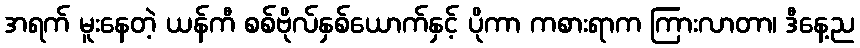
အရက် မူးနေတဲ့ ယန်ကီ စစ်ဗိုလ်နှစ်ယောက်နှင့် ပိုကာ ကစားရာက ကြားလာတာ၊ ဒီနေ့ည